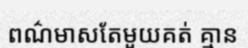
ពណ៌មាសតែមួយគត់ គ្មាន